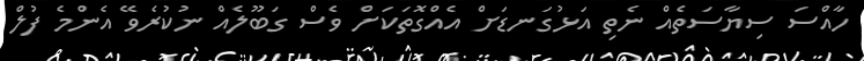
ހާއްސަ ސިޔާސަތެއް ނެތި އަޅުގަނޑަށް އެއްގޮތަކަށް ވެސް ގަބޫލެއް ނުކުރެވޭ އެންމެ ފުލް